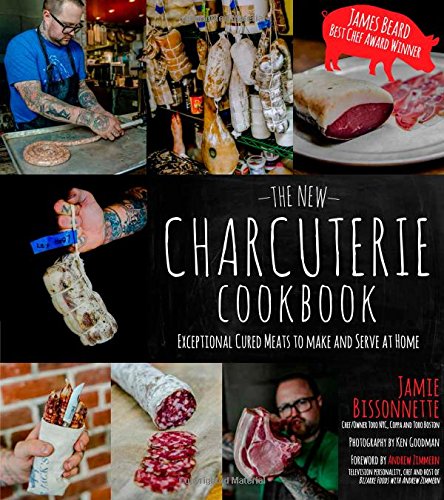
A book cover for The New Charcuterie Cookbook: Exceptional Cured Meats to Make and Serve at Home; Jamie Bissonnette; Cookbooks, Food & Wine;